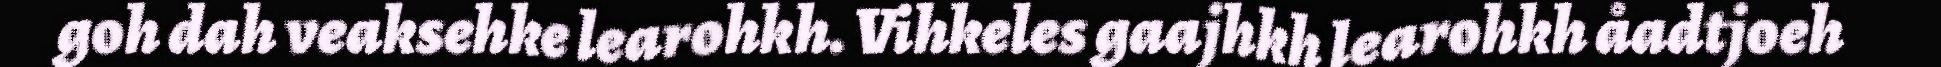
goh dah veaksehke learohkh. Vihkeles gaajhkh learohkh åadtjoeh